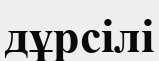
дұрсілі